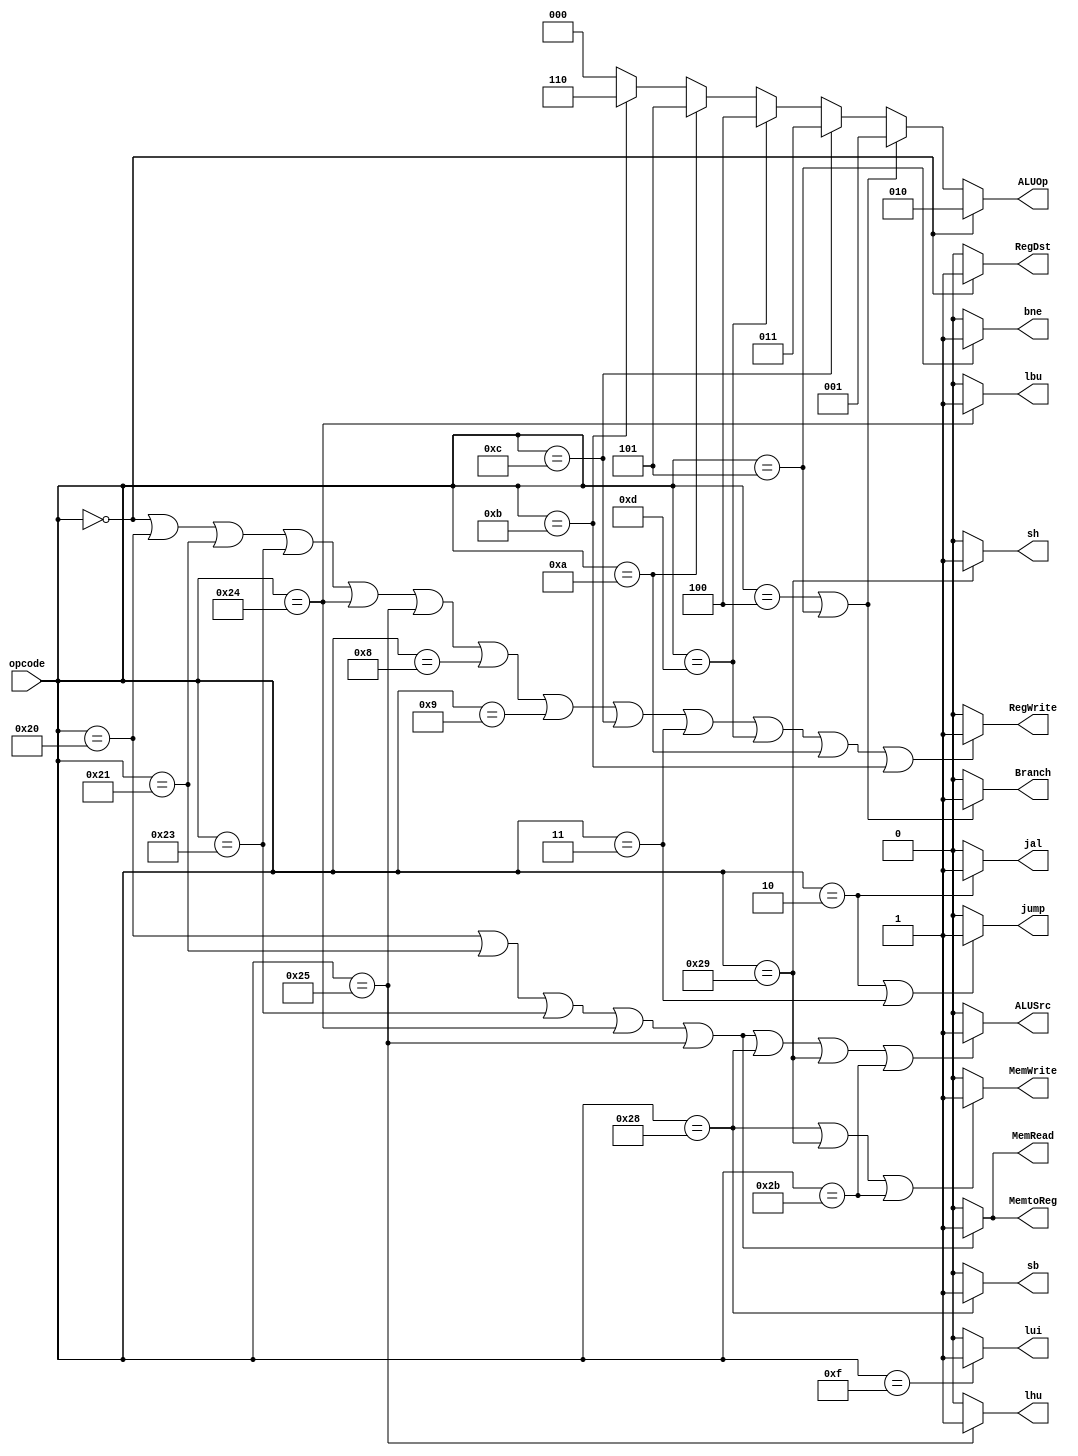
module control_unit(output RegDst, 
						  output Branch,
						  output MemRead, 
						  output MemtoReg,
						  output [2:0] ALUOp,  //bu output alu_control'a input olarak gider
						  output MemWrite, 
						  output ALUSrc,
						  output RegWrite,
						  output jump,  //jump
						  output bne,  //brach not equal
						  output jal,  //jump and link
						  output lui,  
						  output lbu,
						  output lhu,
						  output sb,
					     output sh,
						  input [5:0] opcode);  //instruction[31:26]

assign RegDst =  (opcode == 6'b000000) ? 1'b1 : 1'b0;   // r-type'larda RegDst=1, digerlerinde RegDst=0
//branch instructions
assign Branch = (opcode == 6'b000100) || (opcode == 6'b000101) ? 1'b1 : 1'b0;  // bne, beq

//load instructions
assign MemRead = (opcode == 6'b100000) || (opcode==6'b100001) || (opcode == 6'b100011) || 
					 (opcode == 6'b100100) || (opcode== 6'b100101) ? 1'b1 : 1'b0;  //lb,lh,lw,lbu,lhu

assign MemtoReg = MemRead; //lb,lh,lw,lbu,lhu  //her ikisi de load instructionlarda 1 olur, diger durumlarda x veya 0 olurlar

//alu_control'e input olarak gidecek
assign ALUOp = (opcode == 6'b000000) ? 3'b010 : //r-typlerda
							((opcode == 6'b000100) || (opcode == 6'b000101) ) ? 3'b001 :  ///beq,bne	
							(opcode == 6'b001100) ? 3'b011 : //andi
							(opcode == 6'b001101) ? 3'b100 : //ori
						   (opcode == 6'b001010) ? 3'b101 : //slti
					      (opcode == 6'b001011) ? 3'b110 : //sltiu
					       3'b000 ; //others ins.

//store instructions
assign MemWrite = (opcode == 6'b101000) || (opcode == 6'b101001 ) || (opcode == 6'b101011) ? 1'b1 : 1'b0; //sb, sh,sw

assign ALUSrc = (opcode == 6'b100000) || (opcode==6'b100001) || (opcode == 6'b100011) || 
					 (opcode == 6'b100100) || (opcode== 6'b100101) || (opcode == 6'b101000) || 
					 (opcode == 6'b101001 ) || (opcode == 6'b101011) ? 1'b1 : 1'b0; //lb,lh,lw,lbu,lhu,sb,sh,sw
					 
assign RegWrite = (opcode == 6'b000000) ||  //r-type
						(opcode == 6'b100000) || (opcode==6'b100001) || (opcode == 6'b100011) || 
					   (opcode == 6'b100100) || (opcode== 6'b100101) ||    //lb,lh,lw,lbu,lhu
						(opcode == 6'b001000) || (opcode == 6'b001001) ||   //addi, addiu
						(opcode == 6'b001100) || (opcode == 6'b000011)  ||  //andi ,jal
						(opcode == 6'b001101) || (opcode == 6'b001010) ||   // ori,slti
						(opcode == 6'b001011) ? 1'b1 : 1'b0;  //sltiu
						

assign jump = ((opcode == 6'b000010) || (opcode == 6'b000011)) ? 1'b1 : 1'b0; //j, jal
assign bne = (opcode == 6'b000101) ? 1'b1 : 1'b0; //bne
assign jal = (opcode == 6'b000010) ? 1'b1 : 1'b0; //jal
assign lui = (opcode == 6'b001111) ? 1'b1 : 1'b0; //lui
assign lbu = (opcode == 6'b100100) ? 1'b1 : 1'b0;  //lbu
assign lhu = (opcode == 6'b100101) ? 1'b1 : 1'b0;  //lhu
assign sb = (opcode == 6'b101000) ? 1'b1 : 1'b0; //sb
assign sh = (opcode == 6'b101001) ? 1'b1: 1'b0; //sh
			
			
endmodule